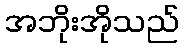
အဘိုးအိုသည်